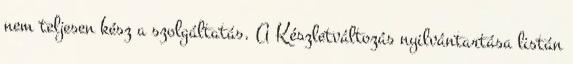
nem teljesen kész a szolgáltatás. A Készletváltozás nyilvántartása listán